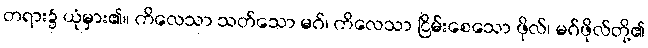
တရား၌ ယုံမှား၏။ ကိလေသာ သတ်သော မဂ်၊ ကိလေသာ ငြိမ်းစေသော ဖိုလ်၊ မဂ်ဖိုလ်တို့၏